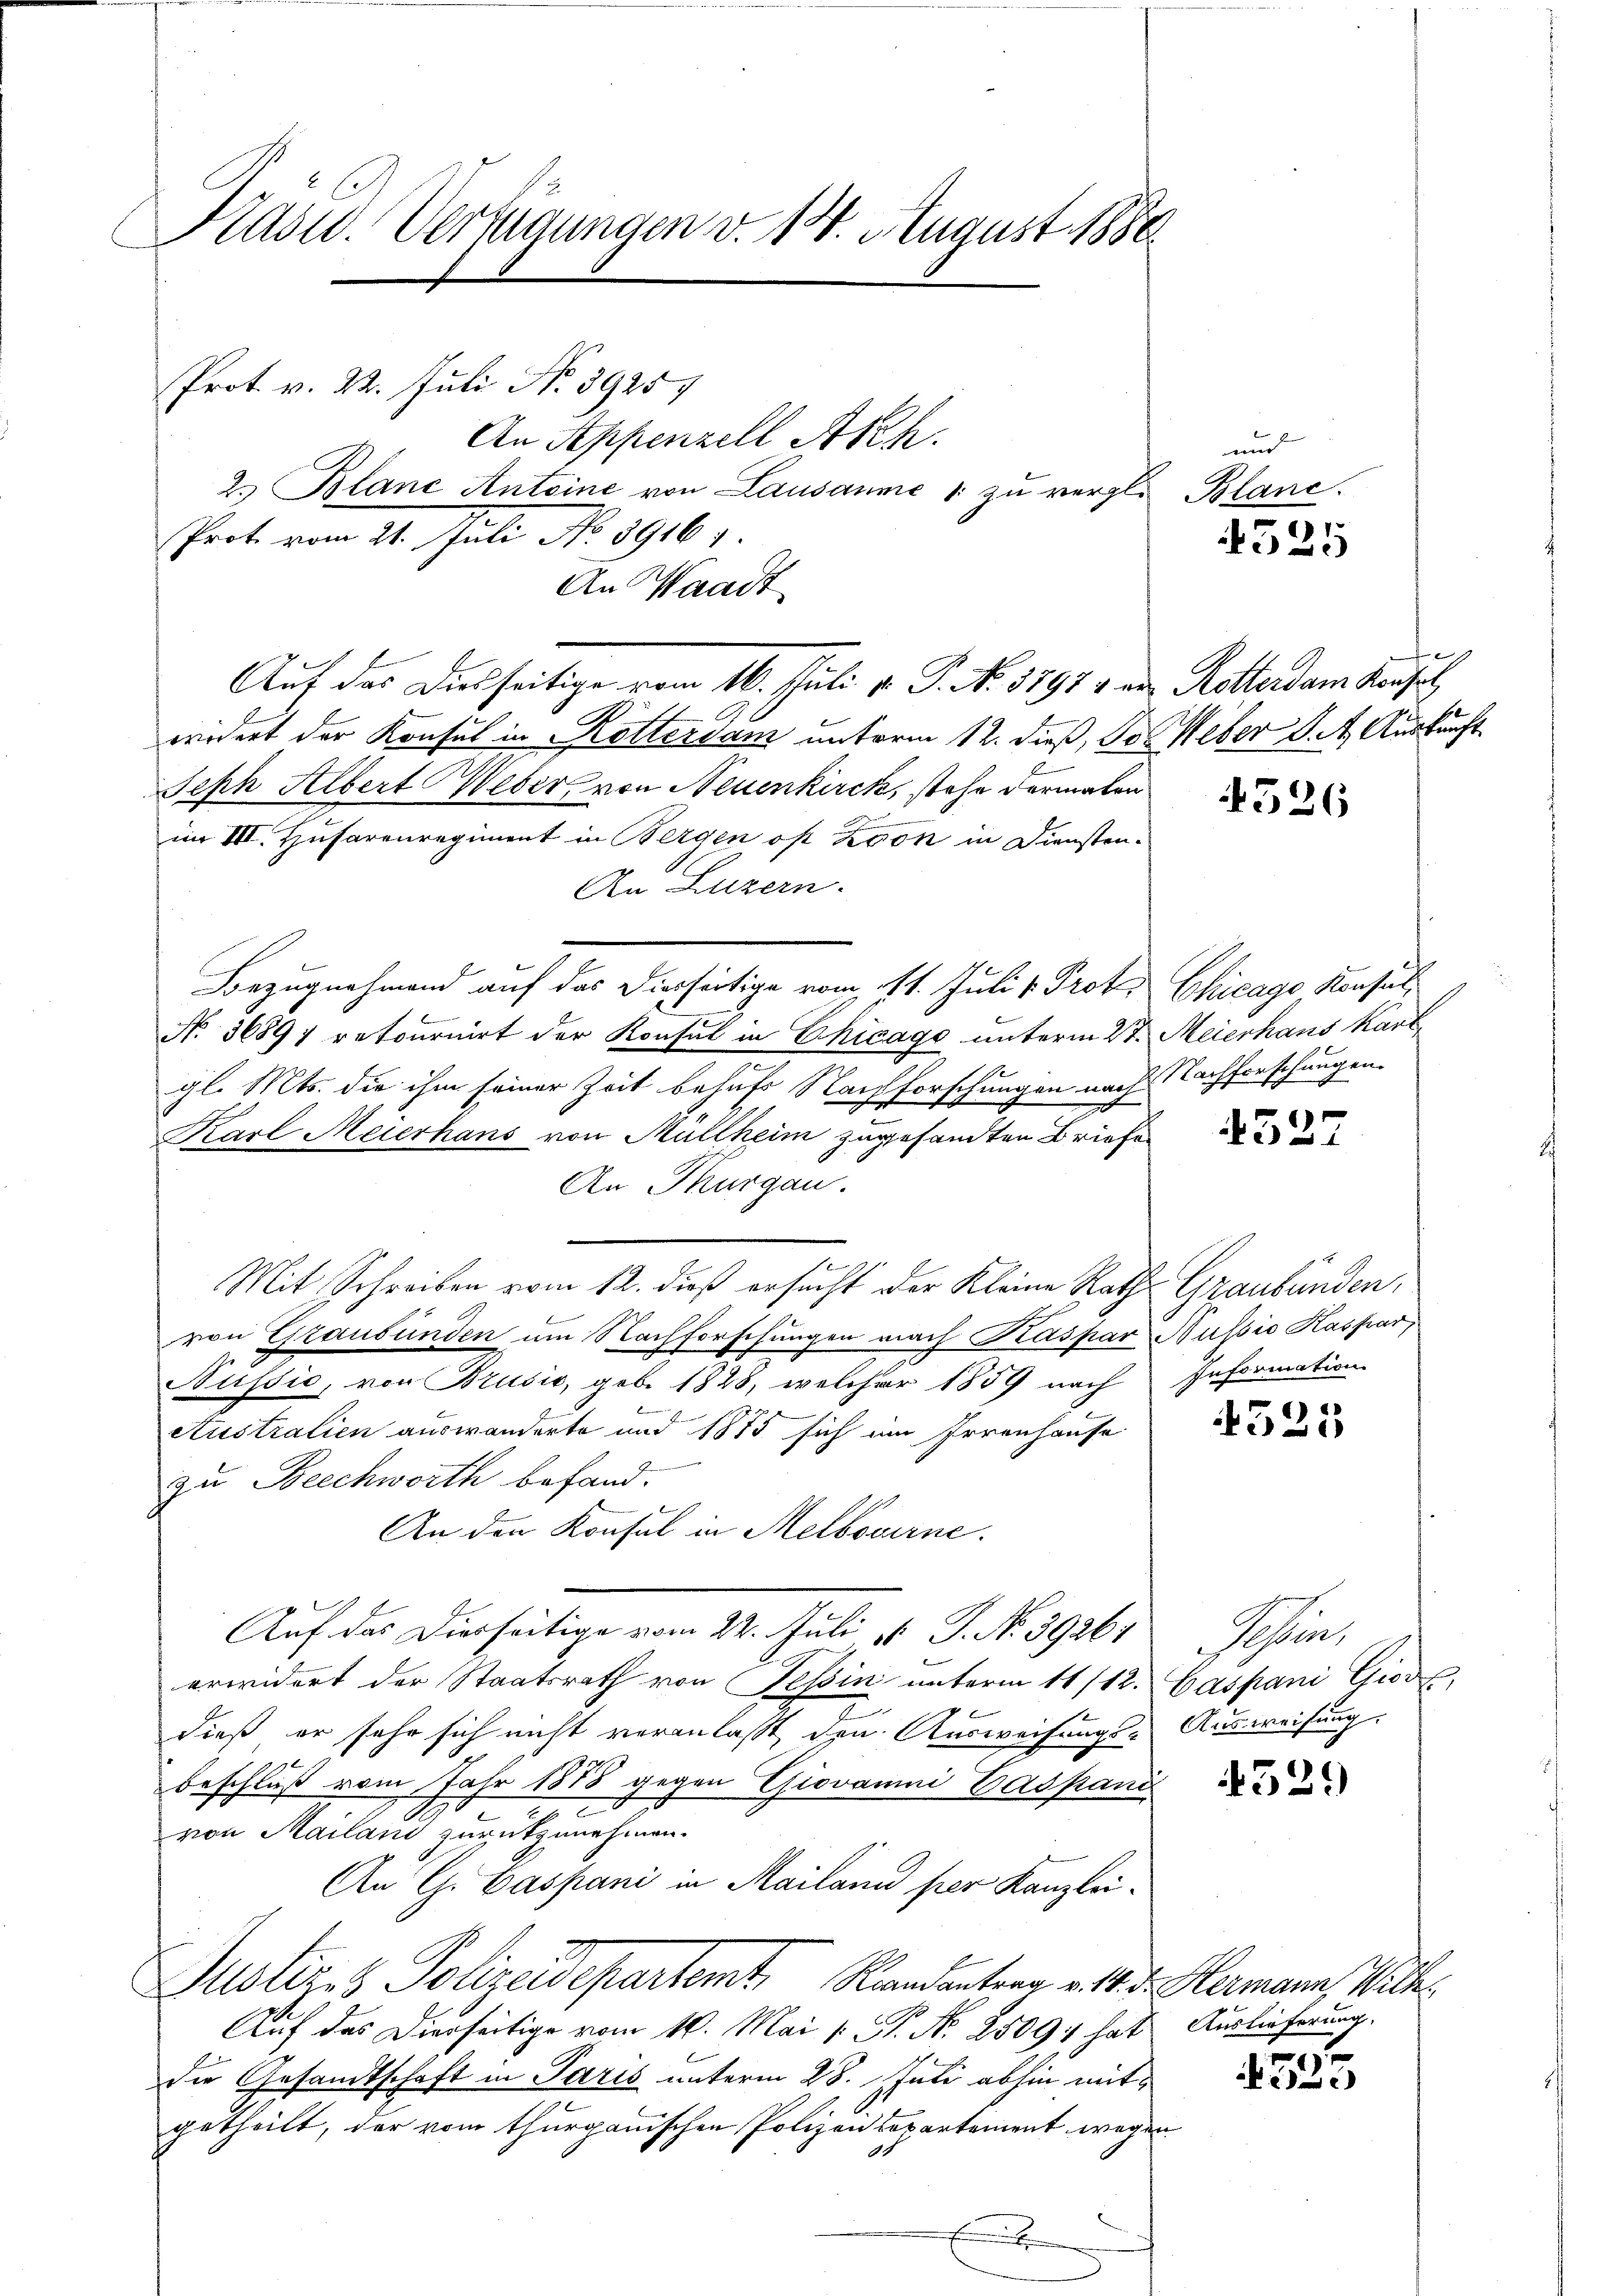
Kasw. Verfügungen v. 18. August 1886.
Prot. v. 22. Juli No 39257
An Appenzell Arch.
2. Blanc Antoine von Lausanne 1 zu vergl. Blanc
Prot vom 21. Juli No 39161.

An Waadt

widert der Konsul in Rottersam unterm 12. dieß, der Ueber d. 4. Auskunft
Seph Albert Weber von Neuenkirck, stehe dermalen
im III. Husarenregiment in Bergen oft von in Diensten-
An Luzern.
Bezugnahmend auf das Dielseitige vom 11. Juli v. Prof.
No. 36897 retournirt der Konsul in Chicago unterm 27. Meierhaus Kart
gl. Mts. die ihm seiner Zeit behufs Nachforschungen nach
Karl Meierhans von Müllheim zugesandten Briefe
An Thurgau.
.
Mit Schreiben vom 12. dieß ersucht der Kleine Rath Graubünden,
von Graubünden um Nachforschungen nach Kaspar Nussio Kaspar,
Aussio, von Brusić, geb. 1828, welcher 1859 nach Information
etistralien auswanderte und 1875 sich im Irrenhause
zu Beschworth befand.
An den Konsul in Melbourne.
Auf das Dierseitige vom 22. Juli v. J. No. 39261
erwidert der Staatsrath von Tessin unterm 11/12.
dieß er sehr sich nicht veranlaßt, den Ausweisungs-
beschluß vom Jahr 1888 gegen Giovanni Caspan
von Mailani zurückzunehmen.
An C. Caspani in Mailand per Kanzlei¬
Justiz- & Polizeidepartemt, Randanten v. M.
Auf das Dierseitige vom 10. Mai v. P. Nr. 2509; hat
die Gesandtschaft in Paris unterm 28. Juli abhin mitgetheilt, der vom thurgauischen Polizeidepartement weg
Ei

Auf das Diesseitige vom 16. Juli v. P. No. 1797 & ein Rotterdam Konsel

und
325

e

4326

Chicago Konsul
2 Nachforschungen.

4527

4521

S
Caspani Giore,
Ausweisung.

4529

Hermann, Wilh
Auslieferung.

1
ic)